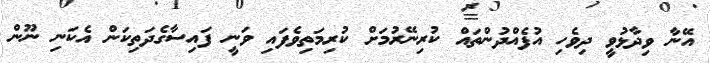
އޭނާ ވިދާޅުވީ ދިވެހި އުފެއްދުންތައް ކުރިނޭރުމަށް ކުރިމަތިވެފައި ވަނީ ފައިސާގެދަތިކަން އެކަނި ނޫން